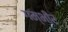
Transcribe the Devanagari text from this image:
गम्भी्र